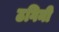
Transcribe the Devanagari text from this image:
ठगिनी